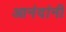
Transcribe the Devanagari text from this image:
आनंदांनी